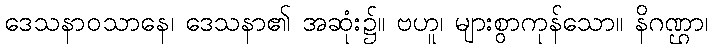
ဒေသနာဝသာနေ၊ ဒေသနာ၏ အဆုံး၌။ ဗဟူ၊ များစွာကုန်သော။ နိဂဏ္ဌာ၊